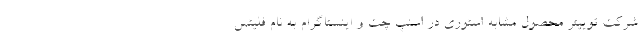
شرکت توییتر محصول مشابه استوری در اسنپ چت و اینستاگرام به نام فلیتس